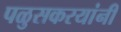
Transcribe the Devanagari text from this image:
पळुसकरयांनी